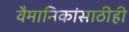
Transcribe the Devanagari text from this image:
वैमानिकांसाठीही